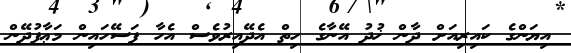
އިޔަންގެ ކައިރިއަށް ދާން ޚުދު އޭނާގެ ހިތް އެދޭއިރުވެސް އެހާ ފަސޭހައިން މަޢާފުދޭން